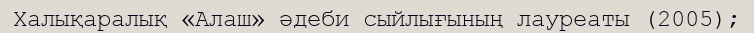
Халықаралық «Алаш» әдеби сыйлығының лауреаты (2005);